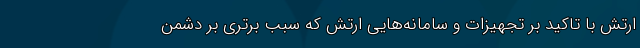
ارتش با تاکید بر تجهیزات و سامانه‌هایی ارتش که سبب برتری بر دشمن